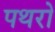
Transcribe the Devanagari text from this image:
पथरो